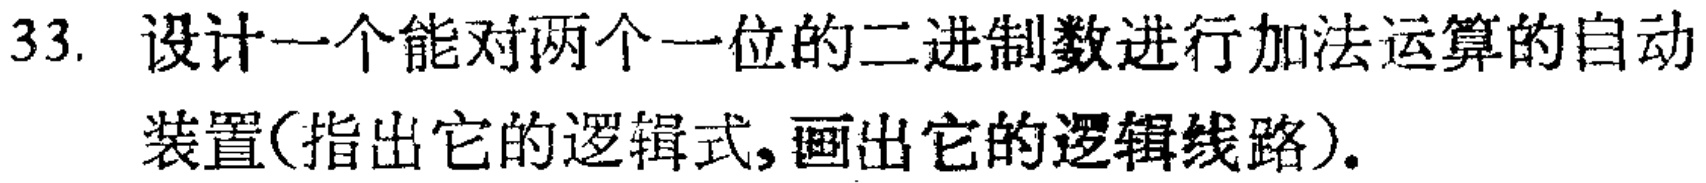
33. 设计一个能对两个一位的二进制数进行加法运算的自动装置(指出它的逻辑式,画出它的逻辑线路).